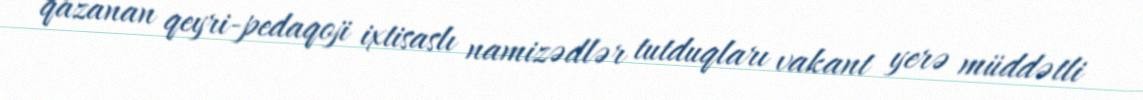
qazanan qeyri-pedaqoji ixtisaslı namizədlər tutduqları vakant yerə müddətli